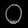
Digit: ၀